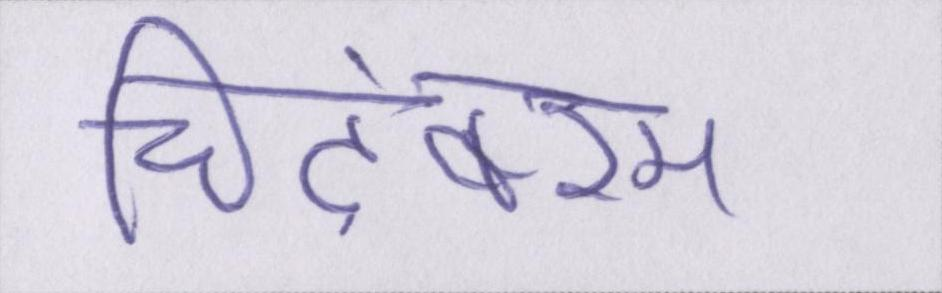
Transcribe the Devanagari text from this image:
चिदंबरम